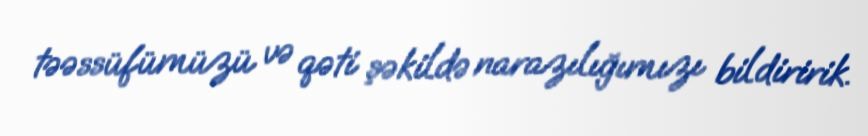
təəssüfümüzü və qəti şəkildə narazılığımızı bildiririk.